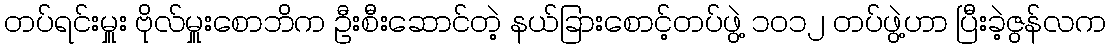
တပ်ရင်းမှူး ဗိုလ်မှူးစောဘိက ဦးစီးဆောင်တဲ့ နယ်ခြားစောင့်တပ်ဖွဲ့ ၁၀၁၂ တပ်ဖွဲ့ဟာ ပြီးခဲ့ဇွန်လက